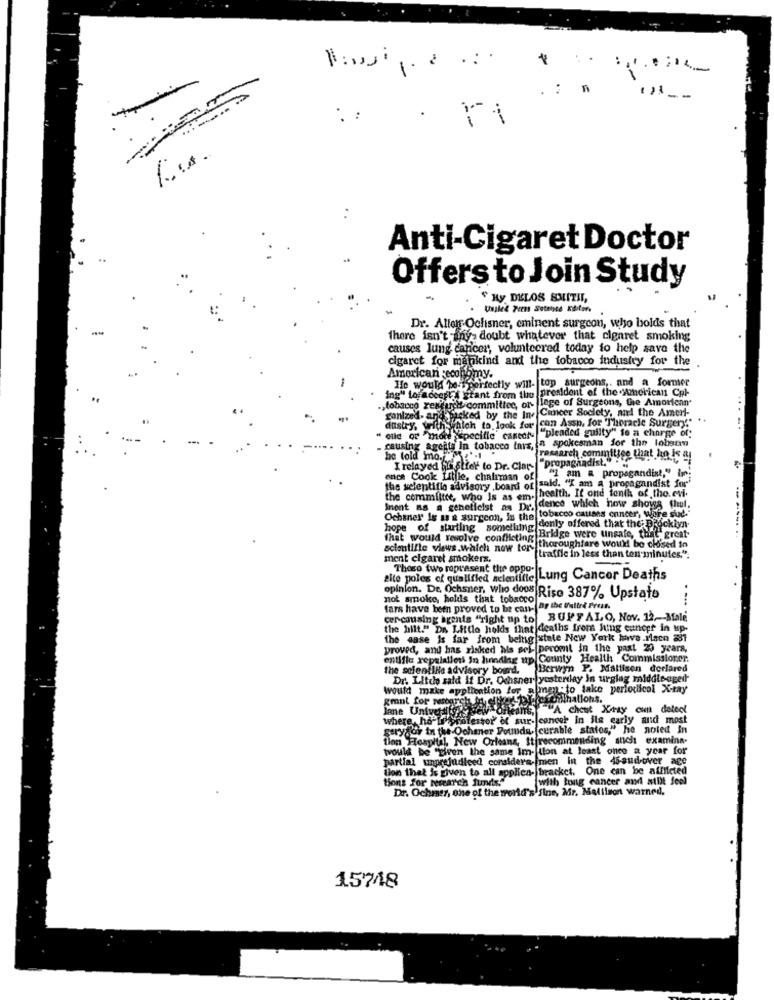
-
:
Anti-Cigaret Doctor
Offers to Join Study
F Ky DELOS BMITIL,
Dr. Allon-Ochisner, eminent surgeon, who bolds that
There isn't any- doubt whatever that cigaret smoking
causes lung cancer, volunteered today to help save the
cigaret for mankind and the tobacco industry for the
American economy.
He would be-s perfectly will- top surgeons ,. and a former
ogpl? ctant from the president of the American Col-
,tobacco xexfurcht committee, of flege of Surgeons, Gre Amorican'
Cancer Society, and the Amerl-
ganized- and
dustry, with which to look for con Assp. for 'Thoracle Surgery."
backed by the Ine
"pleaded guilty" to a charge of
causing agents In tobacco imiz, a spokesman for the lolsun
or more Specific canech
he told mo.
research committee that he is at
Ystier to Dr. Clar-
1 am a propagandint," in:
once Cook Litlle, chaliman of
the selentifie advisory board of said. "I am a propagandist for'
Inent as a geneticist as Dr. dence which now shows thul.
health. If ond tonik of the.evi.
Ochsner Is w & surgeon, in the tobacco causes cancer, wore sud."
.denly offered that the;Brooklyn
that would resolve conflicting
Bridge were unsafe, that great
scientific views.which now tor-
thoroughfare would be closed in
ment cigaret smokers,
"traffle in less than ten minutes.".
Thoro two represent the oppo-
site poles of qualified aclentifie !!
Lung Cancer Deaths
opinion. De. Ochsner, who doos Riso 387% Upstate
not smoke, holds that tobacco
fars have been proved to be can-
Dy the Fullrd Fruits
cer causing agents "right up to BUFFALO, Nov. 12.Male
the hilt." Da Little holds that deaths from hing cancer in up-
the case is far from being stale New York have.ilsco 237
proved, and has risked bis sel- peroml in the past 20 years,
entifle repalaliess In handing up County Health Commissioner.
the solentiNe advisory board.
Berwyn P. Mallisen derlared
Dr. Lltdo sald if Dr. Ochsner yesterday in urglag middle-aged
would make application for allm
m:to take periodicol X-ray
southallons.
Jane Unives6%
gmnt for resbarst
eine, A chest Kazy cunt detect
professor of sur- cancer in ils carly and most
where , ha-topcar
geryday in the-Ochmer Pounds. (curable statos," he noted in
Hospital, New Orleans, it recommending anch examina-
would be "given the same im- ton at least once a year for
partial unprejudiced considera.men in the 45sud-over age
ton that is given to all applied- bracket. One can be alfileted
for newarch funds."
with lung cancer and atlt feel
Dr. Ochmer, one of the world's Sine, Mr. Malilson warned.
15748